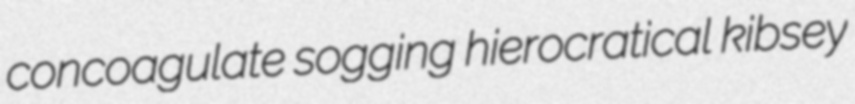
concoagulate sogging hierocratical kibsey